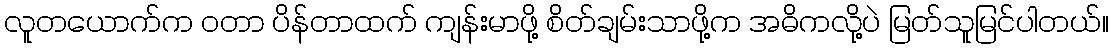
လူတယောက်က ဝတာ ပိန်တာထက် ကျန်းမာဖို့ စိတ်ချမ်းသာဖို့က အဓိကလို့ပဲ မြတ်သူမြင်ပါတယ်။